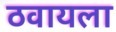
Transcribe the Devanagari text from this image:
ठवायला